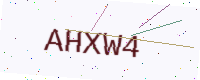
Text: AHXW4